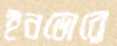
ইনডোরে